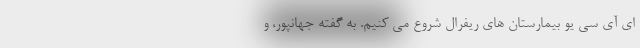
ای آی سی یو بیمارستان های ریفرال شروع می کنیم. به گفته جهانپور، و